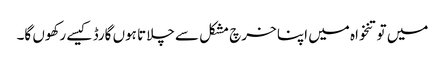
میں تو تنخواہ میں اپنا خرچ مشکل سے چلاتا ہوں گارڈ کیسے رکھوں گا۔